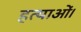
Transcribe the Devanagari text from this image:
हत्याओं।